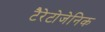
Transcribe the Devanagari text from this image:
टैरेटोजेनिक